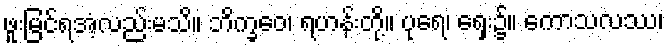
ဖူးမြင်ရအံ့လည်းမသိ။ ဘိက္ခဝေ၊ ရဟန်းတို့။ ပုရေ၊ ရှေး၌။ ကောသလဿ၊